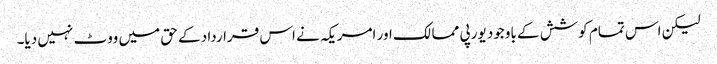
لیکن اس تمام کوشش کے باوجود یورپی ممالک اور امریکہ نے اس قرارداد کے حق میں ووٹ نہیں دیا۔